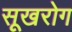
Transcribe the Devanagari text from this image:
सूखरोग